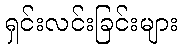
ရှင်းလင်းခြင်းများ